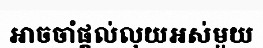
អាចចាំផ្តល់លុយអស់មួយ